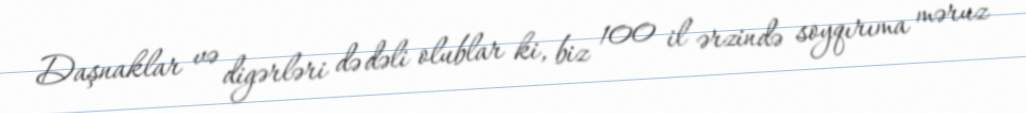
Daşnaklar və digərləri də dəli olublar ki, biz 100 il ərzində soyqırıma məruz